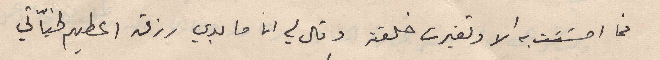
فما احسَست به الا وتغيرت خلقته وقال لي انا ما بدي رزق اعطيهم لخيّاتي